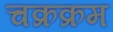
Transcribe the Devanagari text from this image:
चक्रक्रम